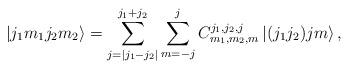
LaTeX: \begin{align*}\left\vert j_{1}m_{1}j_{2}m_{2}\right\rangle =\sum_{j=|j_{1}-j_{2}|}^{j_{1}+j_{2}}\sum_{m=-j}^{j}C_{m_{1},m_{2},m}^{j_{1},j_{2},j}\left\vert (j_{1}j_{2})jm\right\rangle ,\end{align*}